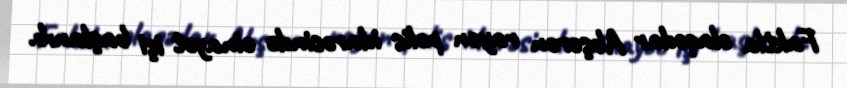
Faktla əlaqədar Abşeron rayon polis idarəsində cinayət işi başlanıb.